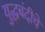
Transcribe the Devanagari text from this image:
युद्धबंदीचे